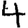
Digit: 4